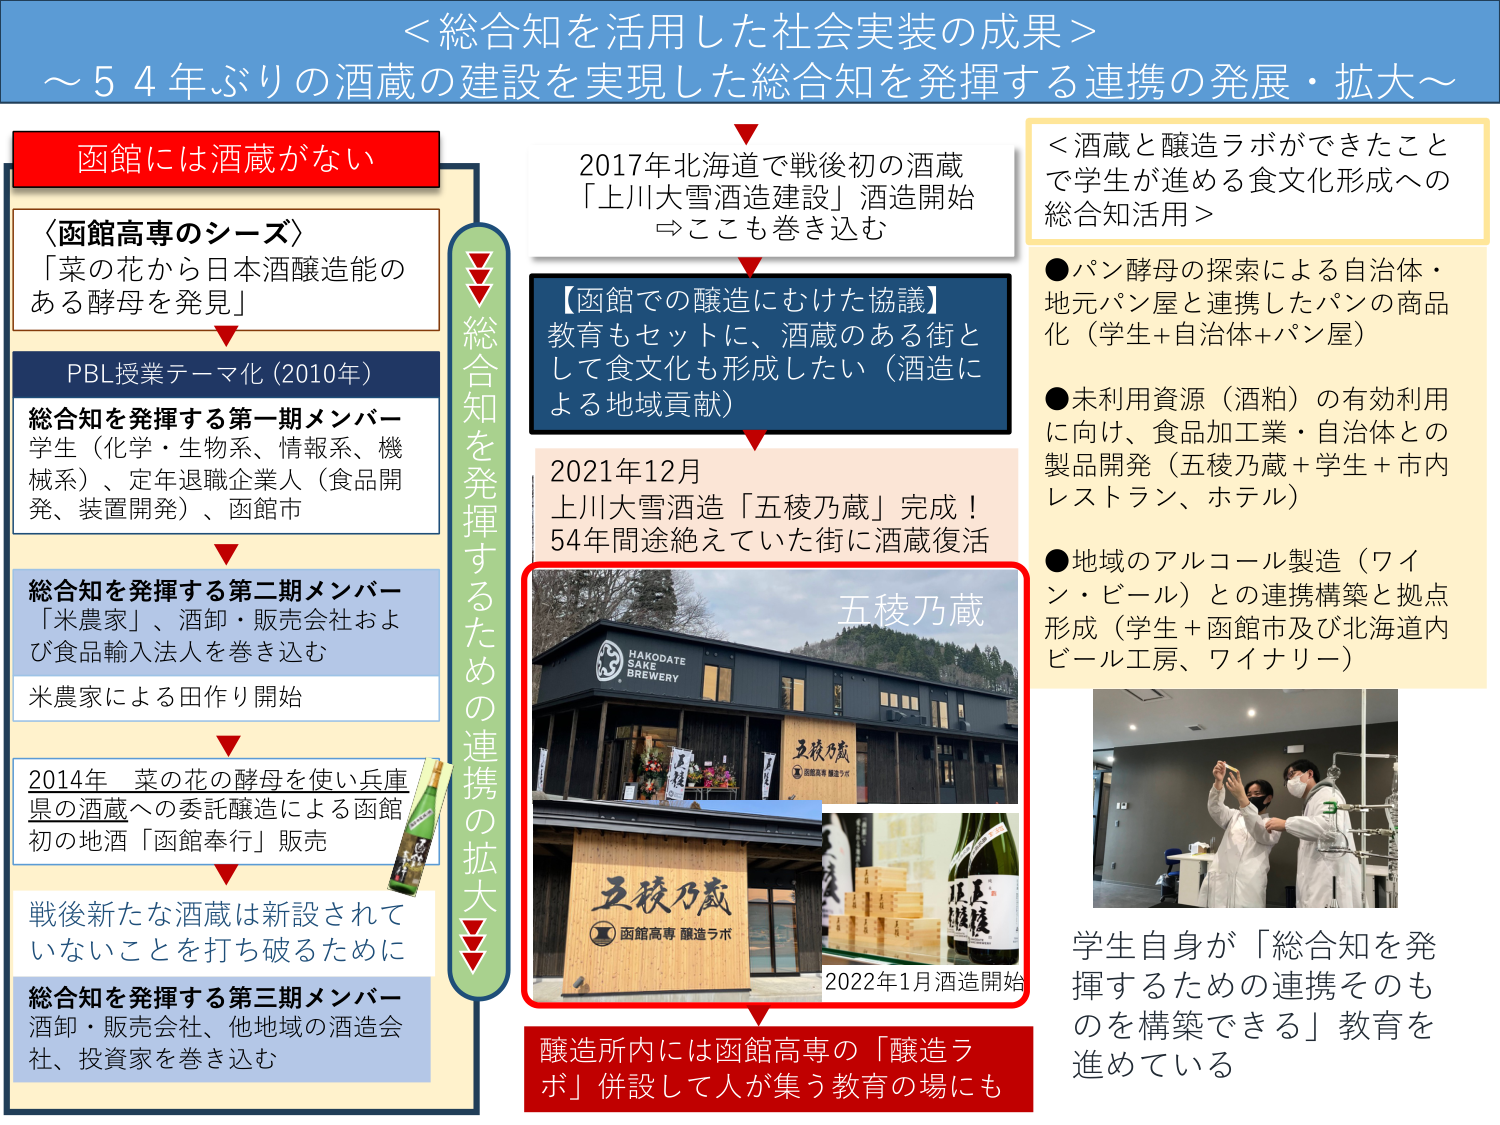
＜総合知を活用した社会実装の成果＞
～54年ぶりの酒蔵の建設を実現した総合知を発揮する連携の発展・拡大～

函館には酒蔵がない

〈函館高専のシーズ〉
「菜の花から日本酒醸造能のある酵母を発見」

PBL授業テーマ化（2010年）
総合知を発揮する第一期メンバー
学生（化学・生物系、情報系、機械系）、定年退職企業人（食品開発、装置開発）、函館市

総合知を発揮する第二期メンバー
「米農家」、酒卸・販売会社および食品輸入法人を巻き込む
米農家による田作り開始

2014年 菜の花の酵母を使い兵庫県の酒蔵への委託醸造による函館初の地酒「函館奉行」販売

戦後新たな酒蔵は新設されていないことを打ち破るために
総合知を発揮する第三期メンバー
酒卸・販売会社、他地域の酒造会社、投資家を巻き込む

総合知を発揮するための連携の拡大

2017年北海道で戦後初の酒蔵「上川大雪酒造建設」酒造開始
⇒ここも巻き込む

【函館での醸造にむけた協議】
教育もセットに、酒蔵のある街として食文化も形成したい（酒造による地域貢献）

2021年12月
上川大雪酒造「五稜乃蔵」完成！
54年間途絶えていた街に酒蔵復活

五稜乃蔵
HAKODATE SAKE BREWERY
五稜乃蔵
函館高専 醸造ラボ
2022年1月酒造開始

醸造所内には函館高専の「醸造ラボ」併設して人が集う教育の場にも

＜酒蔵と醸造ラボができたことで学生が進める食文化形成への総合知活用＞
●パン酵母の探索による自治体・地元パン屋と連携したパンの商品化（学生+自治体+パン屋）
●未利用資源（酒粕）の有効利用に向け、食品加工業・自治体との製品開発（五稜乃蔵+学生+市内レストラン、ホテル）
●地域のアルコール製造（ワイン・ビール）との連携構築と拠点形成（学生+函館市及び北海道内ビール工房、ワイナリー）

学生自身が「総合知を発揮するための連携そのものを構築できる」教育を進めている